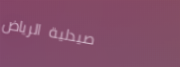
صيدلية الرياض